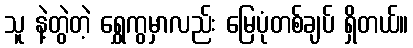
သူ နဲ့တွဲတဲ့ ရွှေကွမှာလည်း မြေပုံတစ်ချပ် ရှိတယ်။